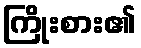
ကြိုးစား၏